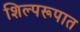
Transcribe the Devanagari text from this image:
शिल्परूपात